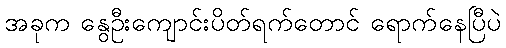
အခုက နွေဦးကျောင်းပိတ်ရက်တောင် ရောက်နေပြီပဲ